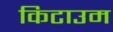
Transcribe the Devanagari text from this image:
किटाउम